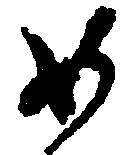
如